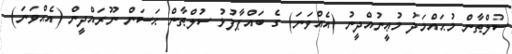
ސުލްޠާން މުޙައްމަދު މުޢީނުއްދީނު (އެއްވަނަ) ގެ ބައްޕާފުޅު ސުލްޠާން ޙަސަން ނޫރައްދީން (އެއްވަނަ)